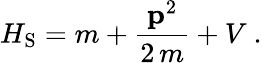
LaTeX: H_{\mathrm{S}}=m+\frac{{\mathbf p}^{2}}{2\, m}+V\ .